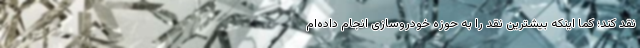
نقد کند؛ کما اینکه بیشترین نقد را به حوزه خودروسازی انجام داده‌ام